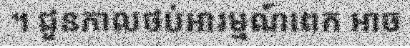
។ ជួនកាលថប់អារម្មណ៍ពេក អាច